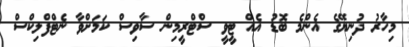
މިހާރު ދުނިޔޭގެ އެންމެ ބޮޑު އެއް ޓީވީ ސްޓްރީމިން ސާވިސް ކަމަށްވާ ނެޓްފްލިކްސް